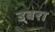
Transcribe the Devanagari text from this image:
उबरा